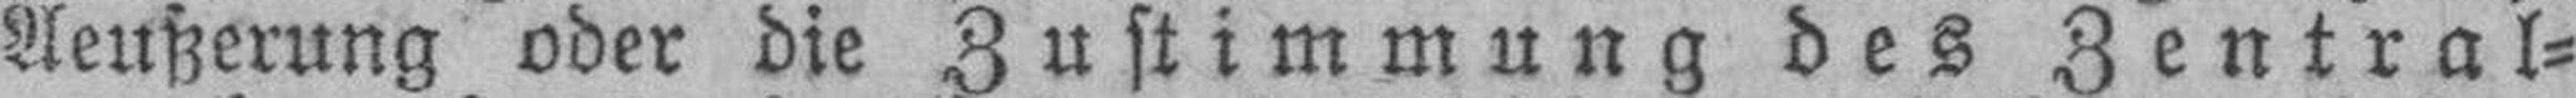
Aeußerung oder die Zustimmung des Zentral¬